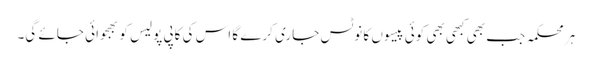
ہر محکمہ جب بھی کبھی بھی کوئی پیسوں کا نوٹس جاری کرے گا اس کی کاپی پولیس کو بھجوائی جائے گی۔